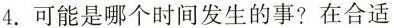
4.可能是哪个时间发生的事?在合适